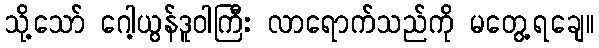
သို့သော် ဂေါ့ယွန်ဒူဝါကြီး လာရောက်သည်ကို မတွေ့ရချေ။